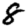
Digit: 8